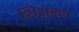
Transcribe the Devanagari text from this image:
शिशुरूप